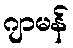
ဂျာမန်